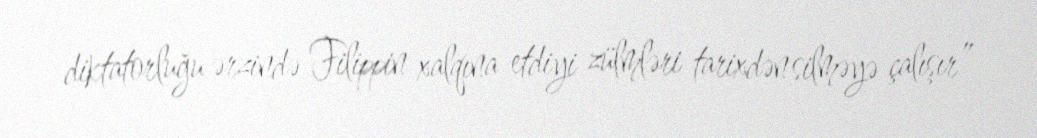
diktatorluğu ərzində Filippin xalqına etdiyi zülmləri tarixdən silməyə çalışır”